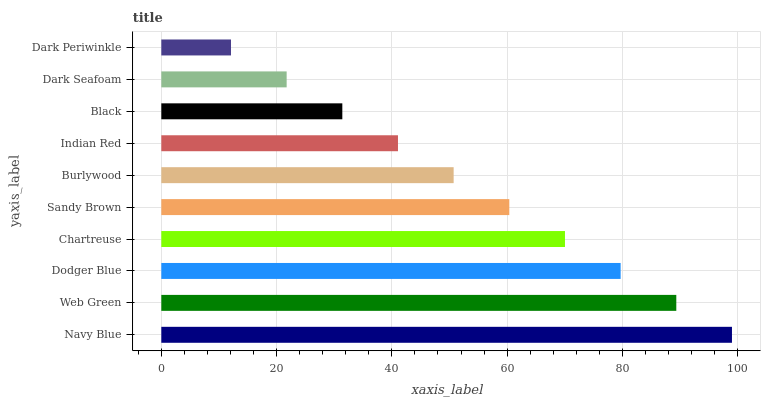
| yaxis_label | bars |
 | --- | --- |
 | Navy Blue | 99 |
 | Web Green | 89.3 |
 | Dodger Blue | 79.7 |
 | Chartreuse | 70 |
 | Sandy Brown | 60.4 |
 | Burlywood | 50.7 |
 | Indian Red | 41.1 |
 | Black | 31.4 |
 | Dark Seafoam | 21.7 |
 | Dark Periwinkle | 12.1 |